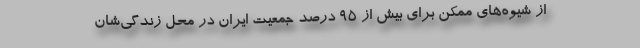
از شیوه‌های ممکن برای بیش از ۹۵ درصد جمعیت ایران در محل زندگی‌شان